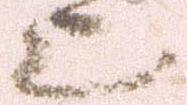
上